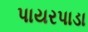
પાયરપાડા